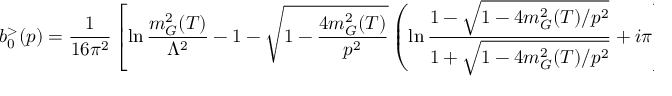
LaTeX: b _ { 0 } ^ { > } ( p ) = \frac { 1 } { 1 6 \pi ^ { 2 } } \left[ \ln \frac { m _ { G } ^ { 2 } ( T ) } { \Lambda ^ { 2 } } - 1 - \sqrt { 1 - \frac { 4 m _ { G } ^ { 2 } ( T ) } { p ^ { 2 } } } \left( \ln \frac { 1 - \sqrt { 1 - 4 m _ { G } ^ { 2 } ( T ) / p ^ { 2 } } } { 1 + \sqrt { 1 - 4 m _ { G } ^ { 2 } ( T ) / p ^ { 2 } } } + i \pi \right) \right] .